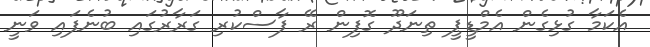
އެކަމާ ގުޅިގެން އެމްޑީޕީ ތިނަދޫ ގޮފިން ރޭ ފާސްކުރި ގަރާރުގައި ބުނެފައި ވަނީ